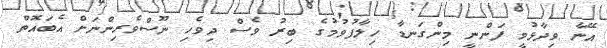
އޭނާ ވިދާޅުވީ ފަންނީ މިންގަނޑާ ހިލާފުވުމުގެ ބިރު ވެސް ދިވެހި ނޫސްވެރިންނަށް އެބައޮތް